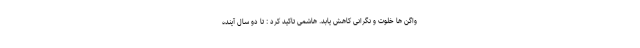
واگن ها خلوت و نگرانی کاهش یابد. هاشمی تاکید کرد : تا دو سال آینده